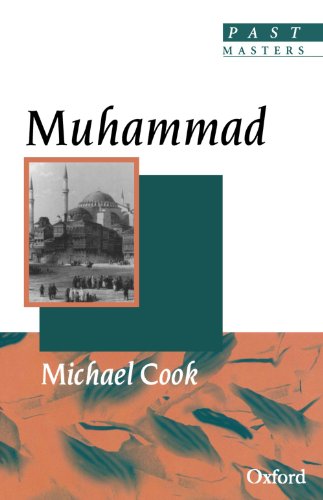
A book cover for Muhammad (Past Masters); Michael Cook; History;